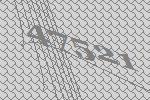
47521